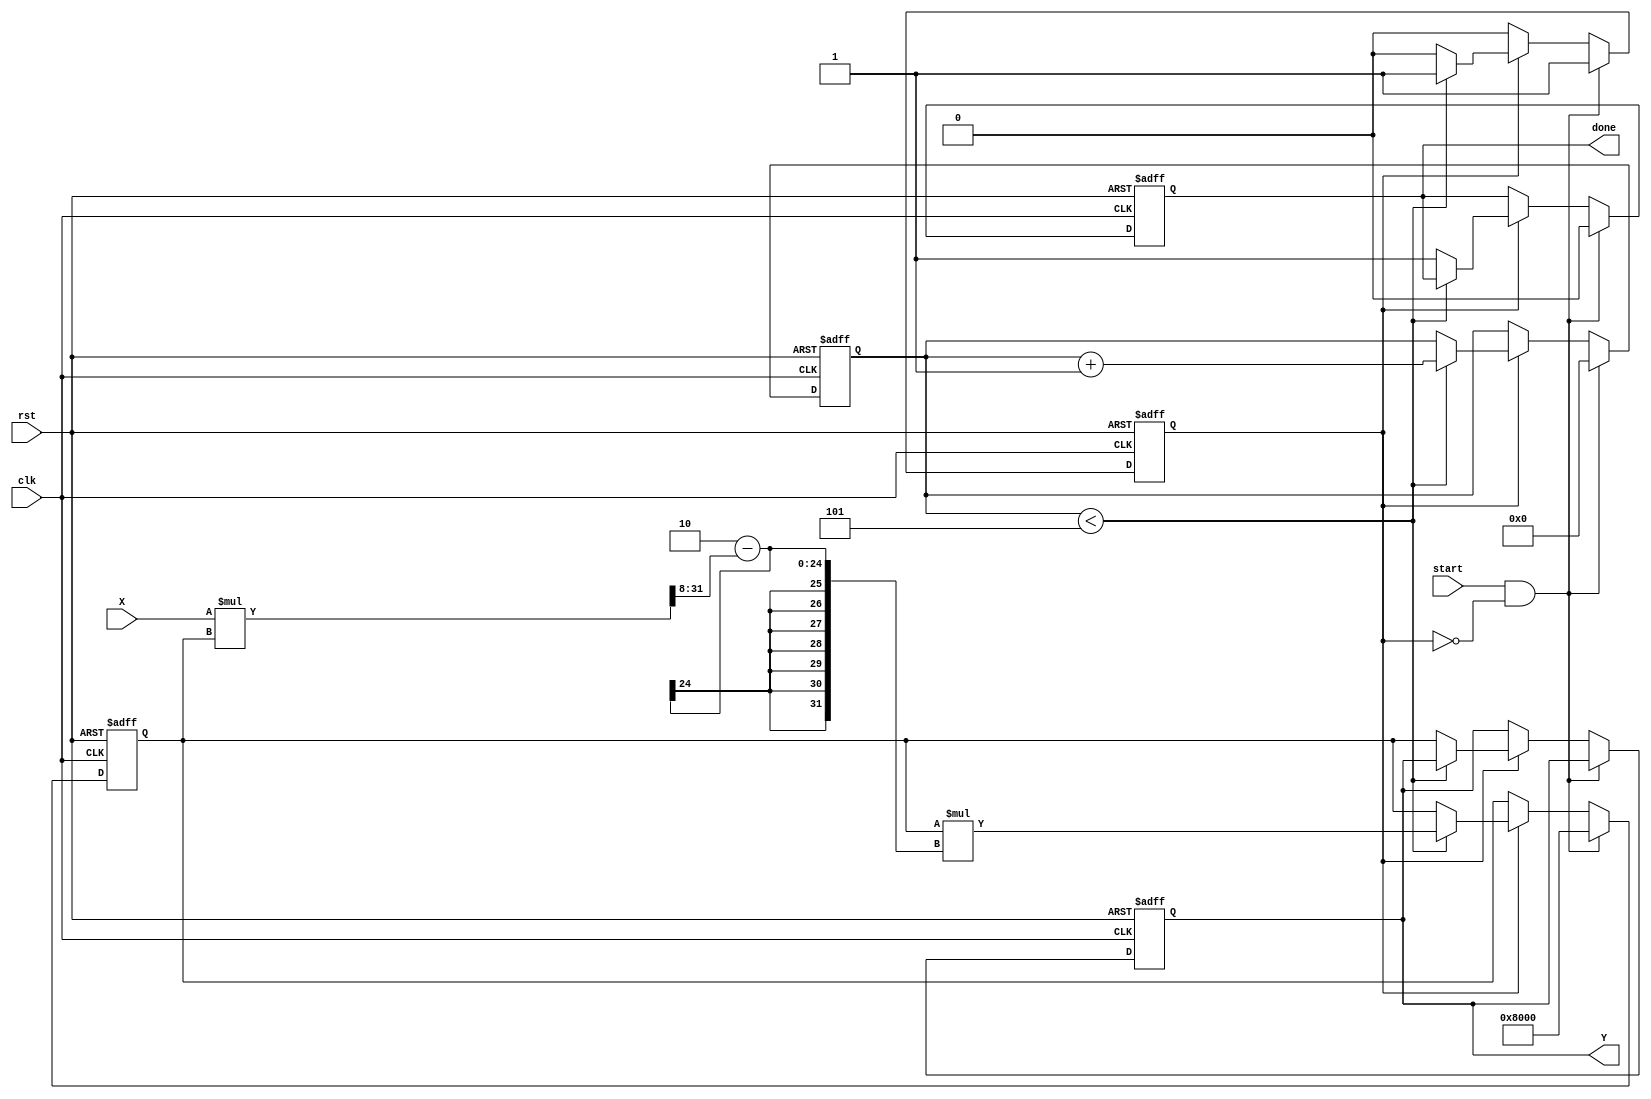
module iterative_reciprocal #(
    parameter WIDTH = 16,          // Width of input and output
    parameter ITERATIONS = 5       // Number of iterations for convergence
)(
    input wire clk,                // Clock signal
    input wire rst,                // Reset signal
    input wire start,              // Start signal for computation
    input wire [WIDTH-1:0] X,      // Input value for which reciprocal is computed
    output reg [WIDTH-1:0] Y,      // Output reciprocal value
    output reg done                // Done signal to indicate completion
);

    reg [WIDTH-1:0] Y_n;           // Current estimate of reciprocal
    reg [3:0] iteration_count;      // Counter for iterations
    reg computing;                  // Flag to indicate if computation is in progress

    // Initial guess for the reciprocal (can be adjusted)
    localparam INITIAL_GUESS = 16'h8000; // 1/2 in fixed-point (for 16-bit)

    always @(posedge clk or posedge rst) begin
        if (rst) begin
            Y <= 0;
            done <= 0;
            iteration_count <= 0;
            Y_n <= INITIAL_GUESS;
            computing <= 0;
        end else begin
            if (start && !computing) begin
                // Start computation
                Y_n <= INITIAL_GUESS; // Reset to initial guess
                iteration_count <= 0;
                computing <= 1;
                done <= 0;
            end else if (computing) begin
                if (iteration_count < ITERATIONS) begin
                    // Update estimate using Newton-Raphson formula
                    Y_n <= Y_n * (2 - (X * Y_n >> (WIDTH/2))); // Right shift for scaling
                    iteration_count <= iteration_count + 1;
                end else begin
                    // Finished iterations
                    Y <= Y_n; // Assign final result
                    done <= 1; // Indicate completion
                    computing <= 0; // Reset computing flag
                end
            end
        end
    end

endmodule